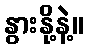
နွားနို့နဲ့။